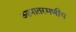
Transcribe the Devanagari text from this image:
आपातरमणीय